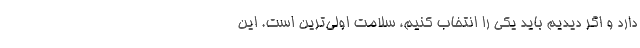
دارد و اگر دیدیم باید یکی را انتخاب کنیم، سلامت اولی‌ترین است. این